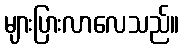
များပြားလာလေသည်။